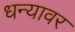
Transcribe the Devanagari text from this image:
धन्यावर